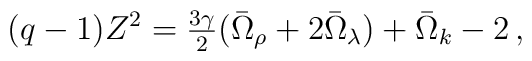
(q-1)Z^2 = \textstyle{{3\gamma}\over2}(\bar{\Omega}_\rho+2\bar{\Omega}_\lambda)+\bar{\Omega}_k-2\,,